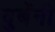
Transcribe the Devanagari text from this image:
दुबेंनी